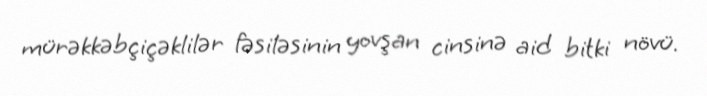
mürəkkəbçiçəklilər fəsiləsinin yovşan cinsinə aid bitki növü.